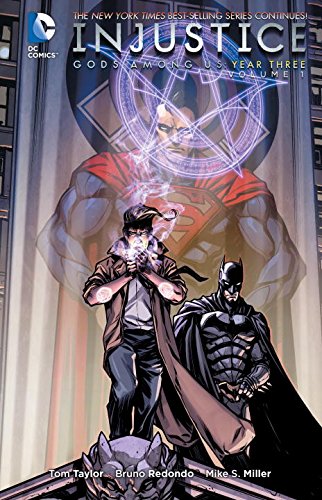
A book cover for Injustice: Gods Among Us: Year Three Vol. 1; Tom Taylor; Comics & Graphic Novels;